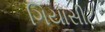
ગિયાસીટા